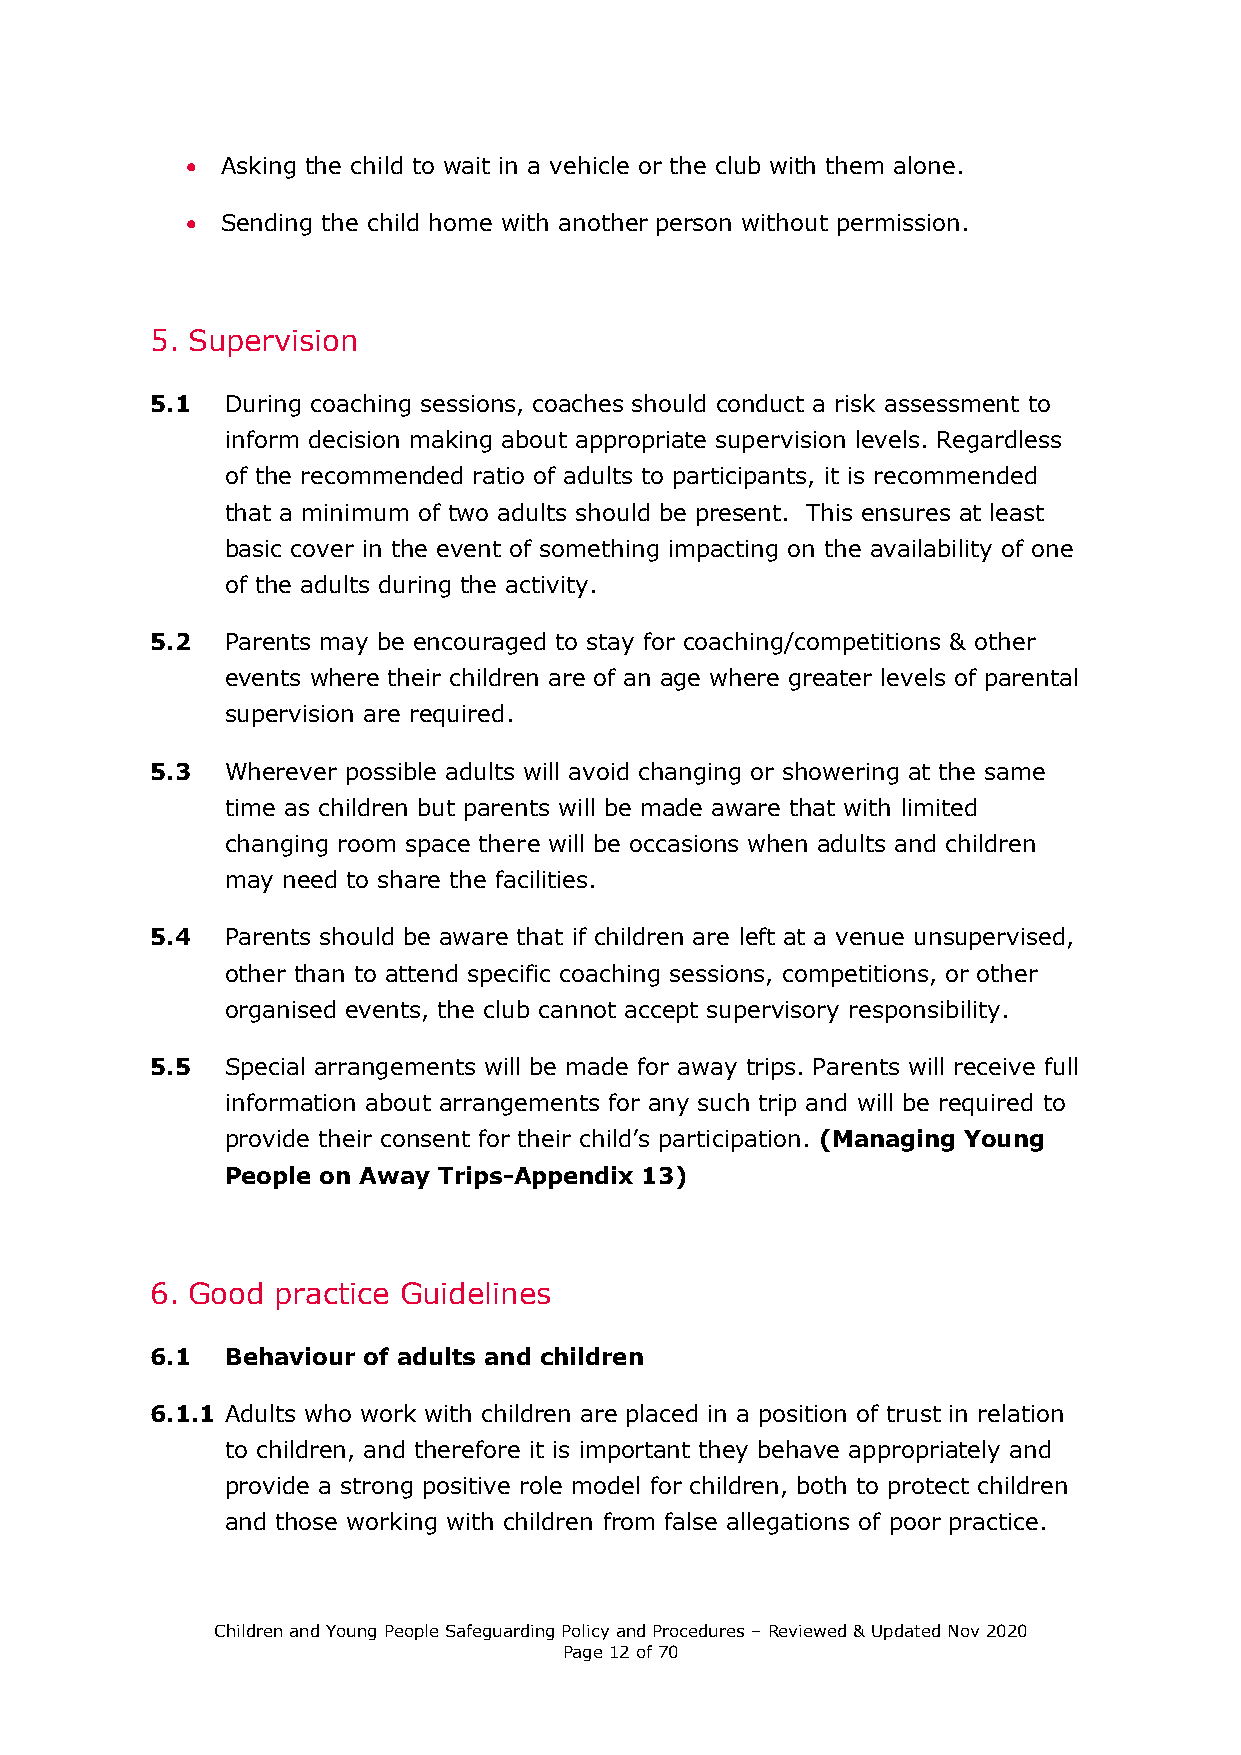
•  Asking the child to wait in a vehicle or the club with them alone.
 •  Sending the child home with another person without permission.
 5. Supervision
 5.1  During coaching sessions, coaches should conduct a risk assessment to
 inform decision making about appropriate supervision levels. Regardless
 of the recommended ratio of adults to participants, it is recommended
 that a minimum of two adults should be present. This ensures at least
 basic cover in the event of something impacting on the availability of one
 of the adults during the activity.
 5.2  Parents may be encouraged to stay for coaching/competitions & other
 events where their children are of an age where greater levels of parental
 supervision are required.
 5.3  Wherever possible adults will avoid changing or showering at the same
 time as children but parents will be made aware that with limited
 changing room space there will be occasions when adults and children
 may need to share the facilities.
 5.4  Parents should be aware that if children are left at a venue unsupervised,
 other than to attend specific coaching sessions, competitions, or other
 organised events, the club cannot accept supervisory responsibility.
 5.5  Special arrangements will be made for away trips. Parents will receive full
 information about arrangements for any such trip and will be required to
 provide their consent for their child’s participation. (Managing Young
 People on Away Trips-Appendix 13)
 6. Good practice Guidelines
 6.1  Behaviour of adults and children
 6.1.1 Adults who work with children are placed in a position of trust in relation
 to children, and therefore it is important they behave appropriately and
 provide a strong positive role model for children, both to protect children
 and those working with children from false allegations of poor practice.
 Children and Young People Safeguarding Policy and Procedures – Reviewed & Updated Nov 2020
 Page 12 of 70